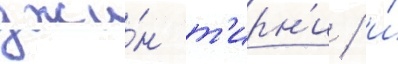
джи́н т'ирн'и / и́